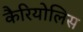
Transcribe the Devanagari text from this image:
कैरियोलिस